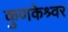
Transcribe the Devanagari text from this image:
कुणकेश्र्वर